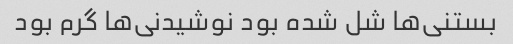
بستنی‌ها شل شده بود نوشیدنی‌ها گرم بود